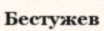
Бестужев